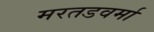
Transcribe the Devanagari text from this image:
मरतडवर्मा